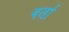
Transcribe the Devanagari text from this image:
बर्ता